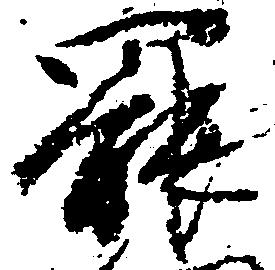
罷